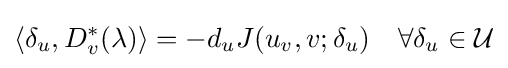
\langle \delta _{u},D_{v}^{*}(\lambda )\rangle =-d_{u}J(u_{v},v;\delta _{u})\quad \forall \delta _{u}\in {\mathcal {U}}